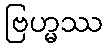
ဗြဟ္မဿ